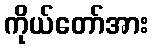
ကိုယ်တော်အား